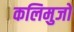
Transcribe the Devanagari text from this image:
कलिमुजो